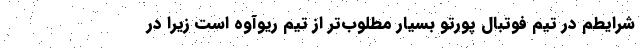
شرایطم در تیم فوتبال پورتو بسیار مطلوب‌تر از تیم ریوآوه است زیرا در